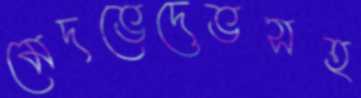
মেদভেদেভসহ